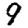
Digit: 9